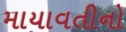
માયાવતીનો